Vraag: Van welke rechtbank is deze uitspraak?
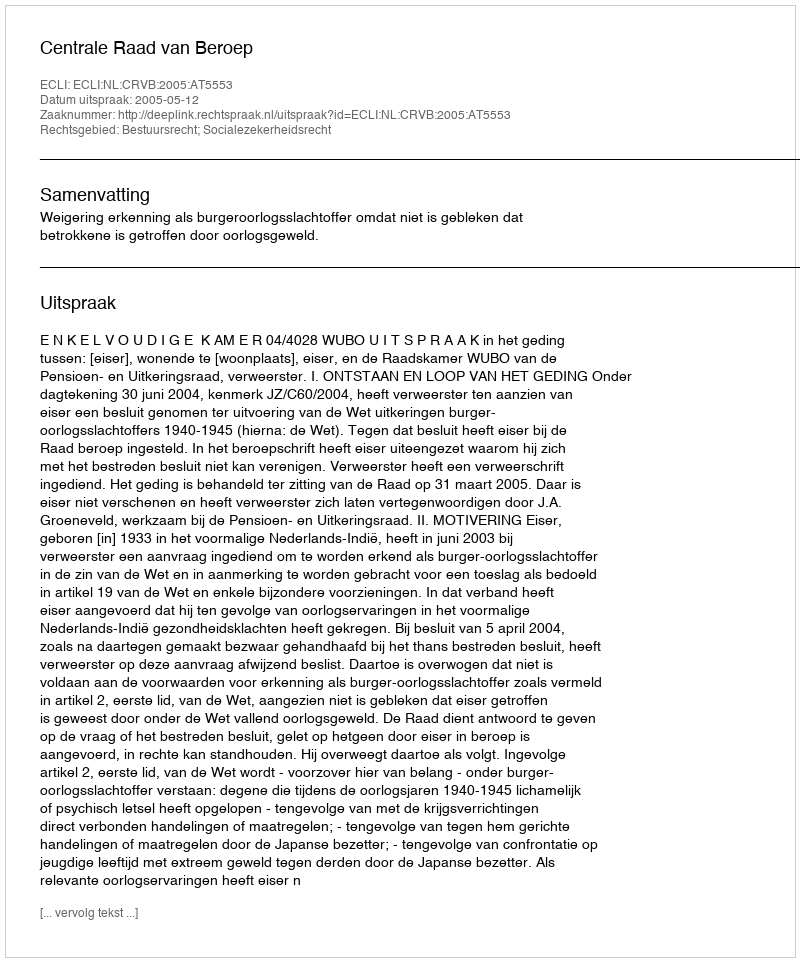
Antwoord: Centrale Raad van Beroep